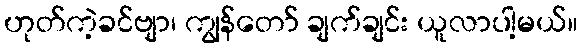
ဟုတ်ကဲ့ခင်ဗျာ၊ ကျွန်တော် ချက်ချင်း ယူလာပါ့မယ်။